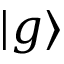
| g \rangle